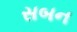
સબન